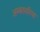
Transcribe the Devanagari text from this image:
अम्बरसरिया